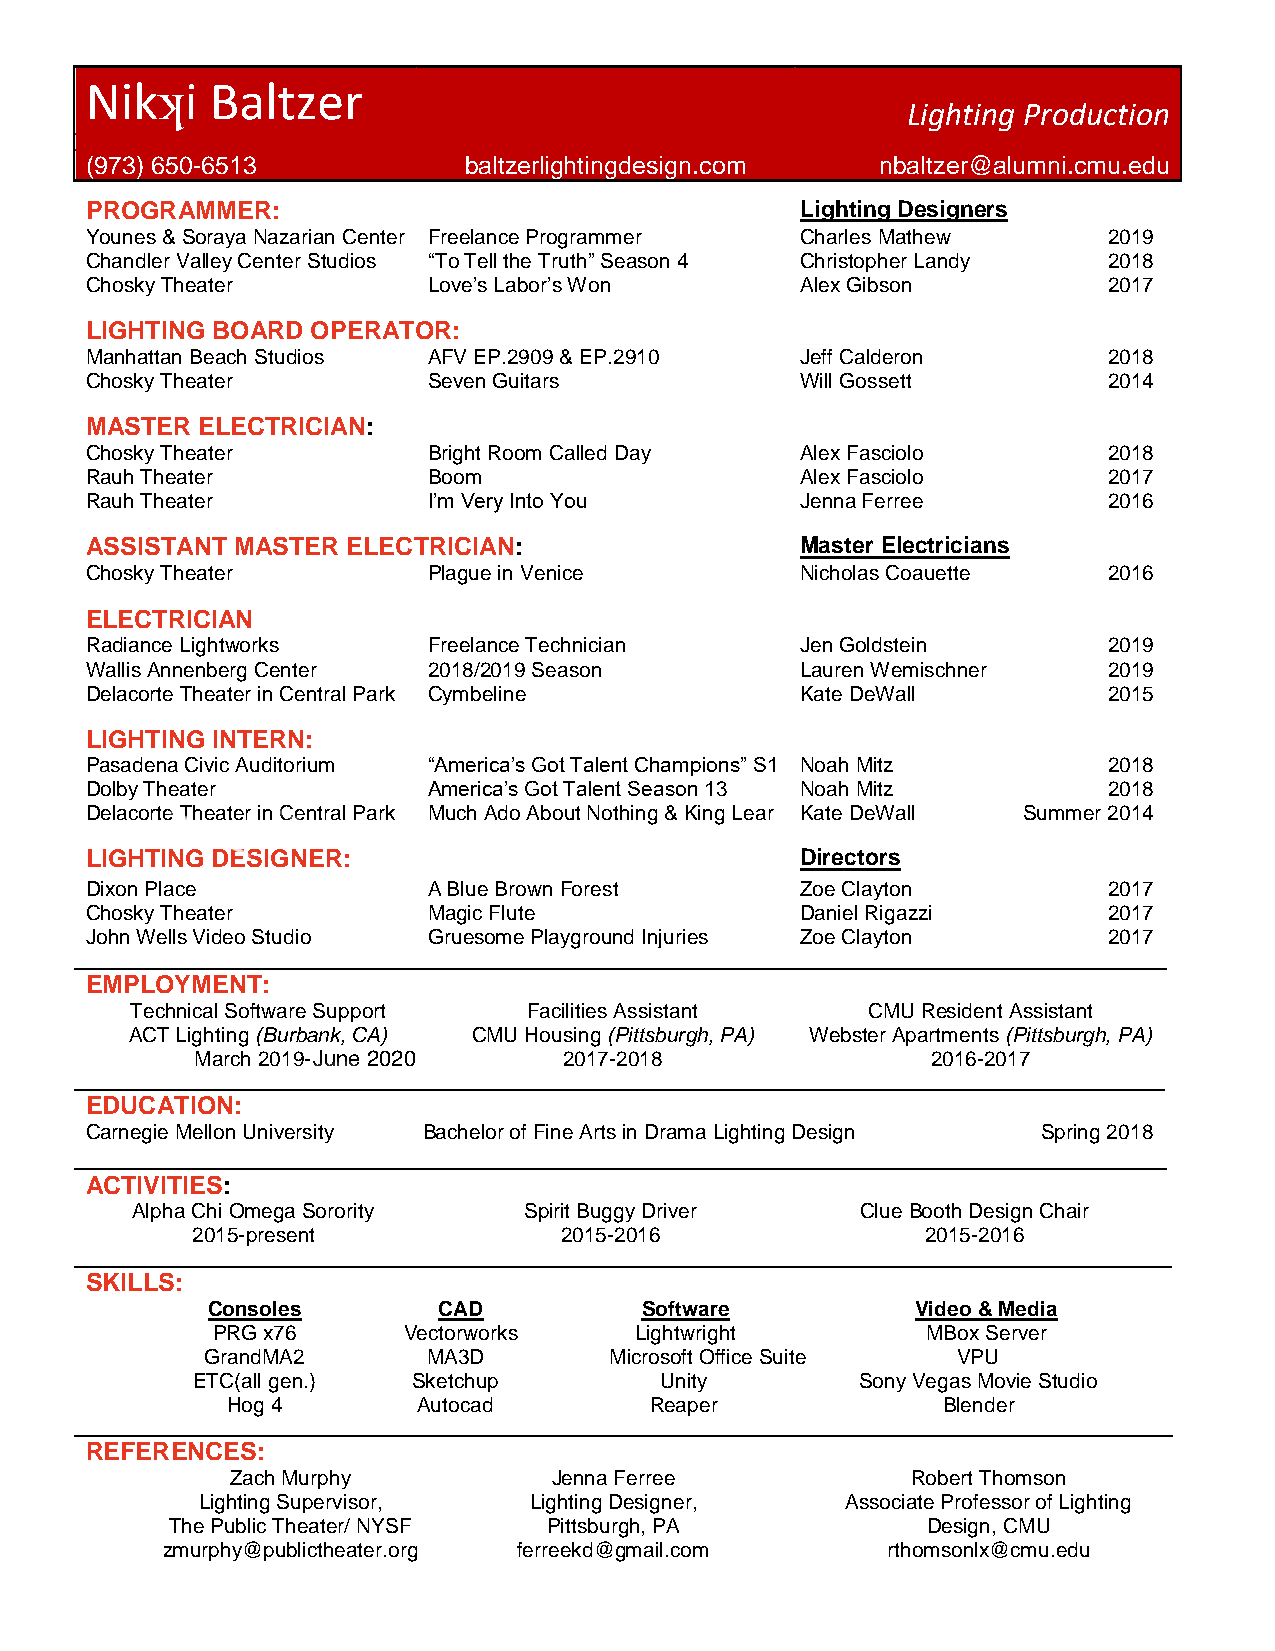
Nikʞi   Baltzer
 Lighting Production
 (973) 650-6513           baltzerlightingdesign.com  nbaltzer@alumni.cmu.edu
 PROGRAMMER:                                    Lighting Designers
 Younes & Soraya Nazarian Center Freelance Programmer Charles Mathew 2019
 Chandler Valley Center Studios “To Tell the Truth” Season 4 Christopher Landy 2018
 Chosky Theater        Love’s Labor’s Won       Alex Gibson         2017
 LIGHTING BOARD OPERATOR:
 Manhattan Beach Studios AFV EP.2909 & EP.2910  Jeff Calderon       2018
 Chosky Theater        Seven Guitars            Will Gossett        2014
 MASTER ELECTRICIAN:
 Chosky Theater        Bright Room Called Day   Alex Fasciolo       2018
 Rauh Theater          Boom                     Alex Fasciolo       2017
 Rauh Theater          I’m Very Into You        Jenna Ferree        2016
 ASSISTANT MASTER ELECTRICIAN:                  Master Electricians
 Chosky Theater        Plague in Venice         Nicholas Coauette   2016
 ELECTRICIAN
 Radiance Lightworks   Freelance Technician     Jen Goldstein       2019
 Wallis Annenberg Center 2018/2019 Season       Lauren Wemischner   2019
 Delacorte Theater in Central Park Cymbeline    Kate DeWall         2015
 LIGHTING INTERN:
 Pasadena Civic Auditorium “America’s Got Talent Champions” S1 Noah Mitz 2018
 Dolby Theater         America’s Got Talent Season 13 Noah Mitz     2018
 Delacorte Theater in Central Park Much Ado About Nothing & King Lear Kate DeWall Summer 2014
 LIGHTING DESIGNER:                             Directors
 Dixon Place           A Blue Brown Forest      Zoe Clayton         2017
 Chosky Theater        Magic Flute              Daniel Rigazzi      2017
 John Wells Video Studio Gruesome Playground Injuries Zoe Clayton   2017
 EMPLOYMENT:
 Technical Software Support Facilities Assistant CMU Resident Assistant
 ACT Lighting (Burbank, CA) CMU Housing (Pittsburgh, PA) Webster Apartments (Pittsburgh, PA)
 March 2019- Current     2017-2018                2016-2017
 EDUCATION:
 Carnegie Mellon University Bachelor of Fine Arts in Drama Lighting Design Spring 2018
 ACTIVITIES:
 Alpha Chi Omega Sorority  Spirit Buggy Driver   Clue Booth Design Chair
 2015-present            2015-2016               2015-2016
 SKILLS:
 Consoles       CAD          Software           Video & Media
 PRG x76      Vectorworks    Lightwright        MBox Server
 GrandMA2      MA3D        Microsoft Office Suite VPU
 ETC(all gen.) Sketchup         Unity        Sony Vegas Movie Studio
 Hog 4        Autocad        Reaper             Blender
 REFERENCES:
 Zach Murphy           Jenna Ferree           Robert Thomson
 Lighting Supervisor,  Lighting Designer,   Associate Professor of Lighting
 The Public Theater/ NYSF Pittsburgh, PA           Design, CMU
 zmurphy@publictheater.org ferreekd@gmail.com    rthomsonlx@cmu.edu